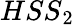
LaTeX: {HSS}_{2}